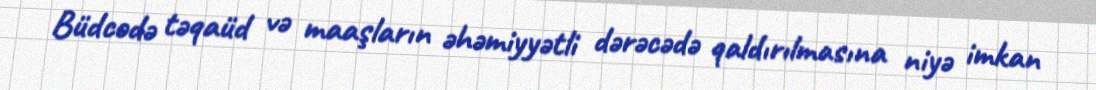
Büdcədə təqaüd və maaşların əhəmiyyətli dərəcədə qaldırılmasına niyə imkan